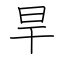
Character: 旱